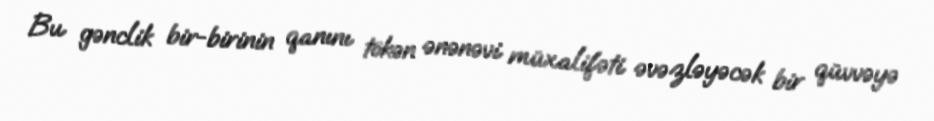
Bu gənclik bir-birinin qanını tökən ənənəvi müxalifəti əvəzləyəcək bir qüvvəyə